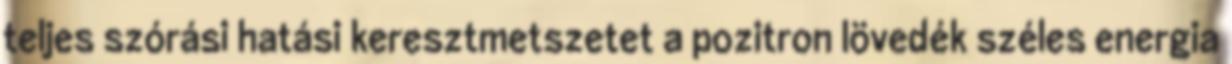
teljes szórási hatási keresztmetszetet a pozitron lövedék széles energia